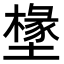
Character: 𭏷